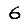
Digit: 6